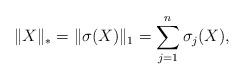
LaTeX: \begin{align*}\| X \|_* = \|\sigma(X)\|_1 = \sum_{j=1}^n \sigma_j(X),\end{align*}